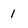
Character: 1